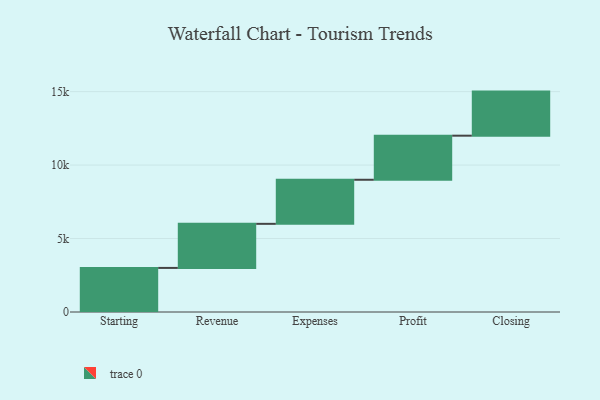
{"axis": {"x": "Step", "y": "Value"}, "legend": [""], "data": [{"x": "Starting", "y": 3000, "type": ""}, {"x": "Revenue", "y": 3000, "type": ""}, {"x": "Expenses", "y": 3000, "type": ""}, {"x": "Profit", "y": 3000, "type": ""}, {"x": "Closing", "y": 3000, "type": ""}]}